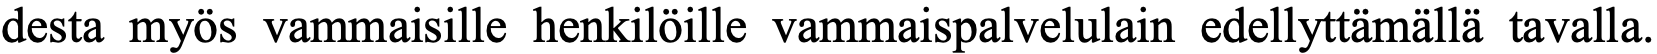
desta myös vammaisille henkilöille vammaispalvelulain edellyttämällä tavalla.